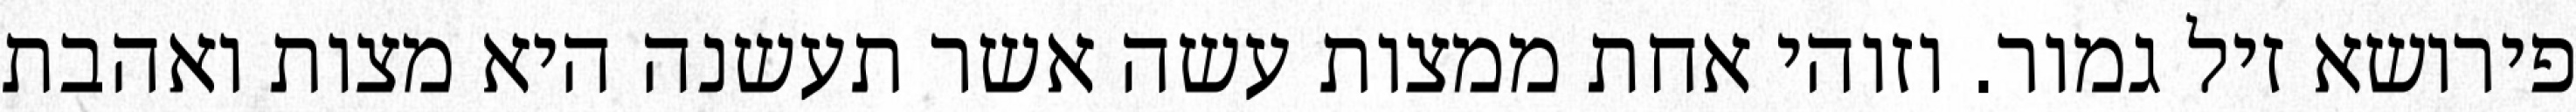
פירושא זיל גמור. וזוהי אחת ממצות עשה אשר תעשנה היא מצות ואהבת